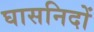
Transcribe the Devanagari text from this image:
घासनिदों